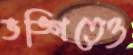
ভঙ্গিতেও